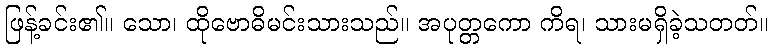
ဖြန့်ခင်း၏။ သော၊ ထိုဗောဓိမင်းသားသည်။ အပုတ္တကော ကိရ၊ သားမရှိခဲ့သတတ်။